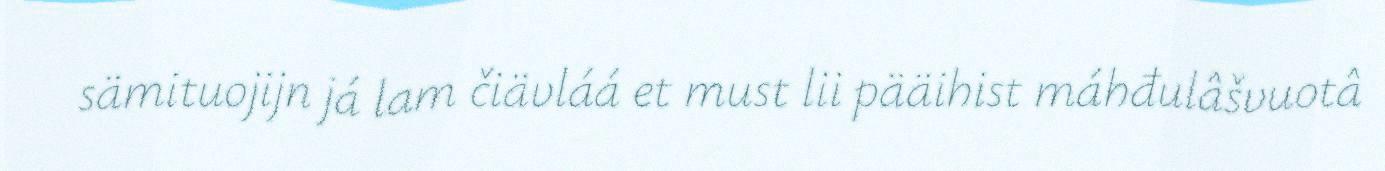
sämituojijn já lam čiävláá et must lii pääihist máhđulâšvuotâ